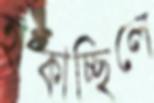
হাঁকাচ্ছিলে